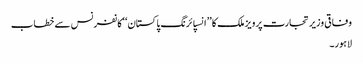
وفاقی وزیر تجارت پرویز ملک کا ’’انسپائرنگ پاکستان‘‘کانفرنس سے خطاب
لاہور۔